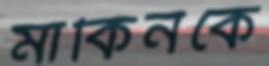
মার্কিনকে